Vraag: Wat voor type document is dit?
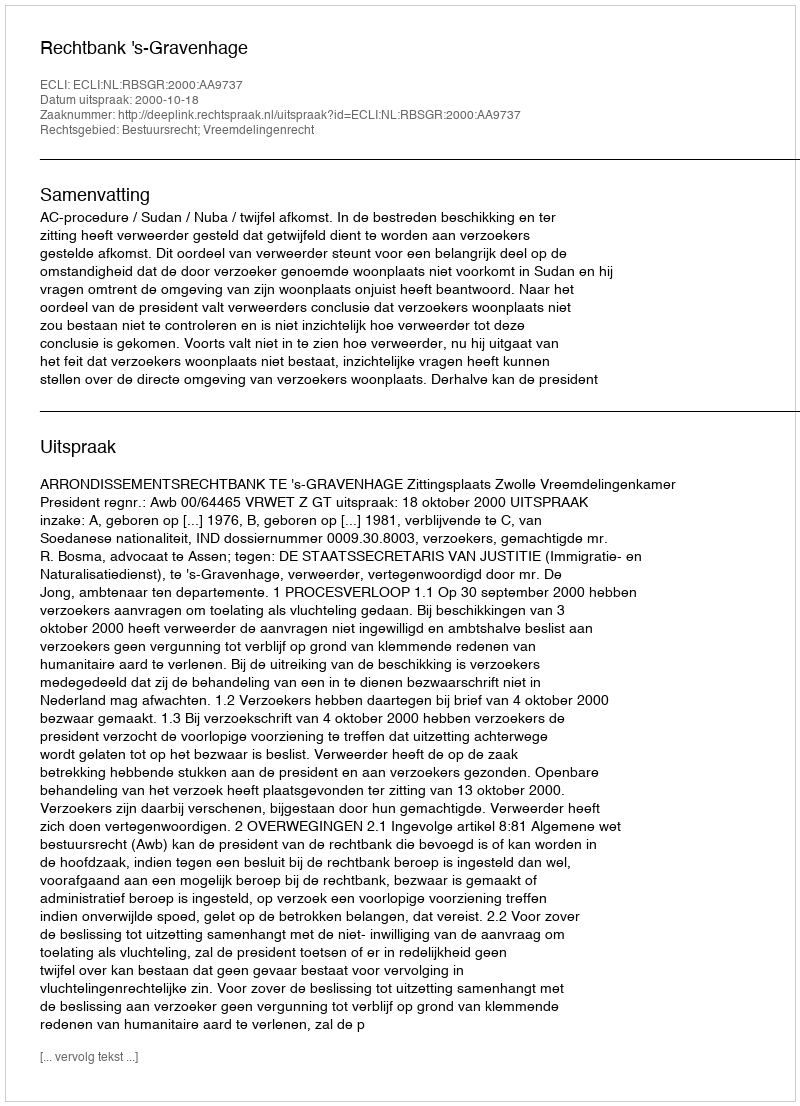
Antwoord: Uitspraak